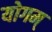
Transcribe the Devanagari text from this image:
योगम्